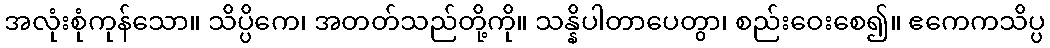
အလုံးစုံကုန်သော။ သိပ္ပိကေ၊ အတတ်သည်တို့ကို။ သန္နိပါတာပေတွာ၊ စည်းဝေးစေ၍။ ဧကေကသိပ္ပ